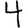
Digit: 4